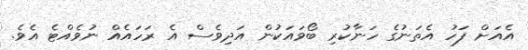
އެއަށް ފަހު އެތަނުގެ ހަނާކުރި ބޯވައަކުން އަދިވެސް އެ ރަހައެއް ނުވެއްޓެ އެވެ.